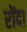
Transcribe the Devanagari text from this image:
रोंदा